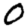
Digit: 0